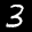
Label: 3